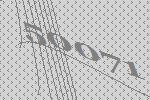
50071